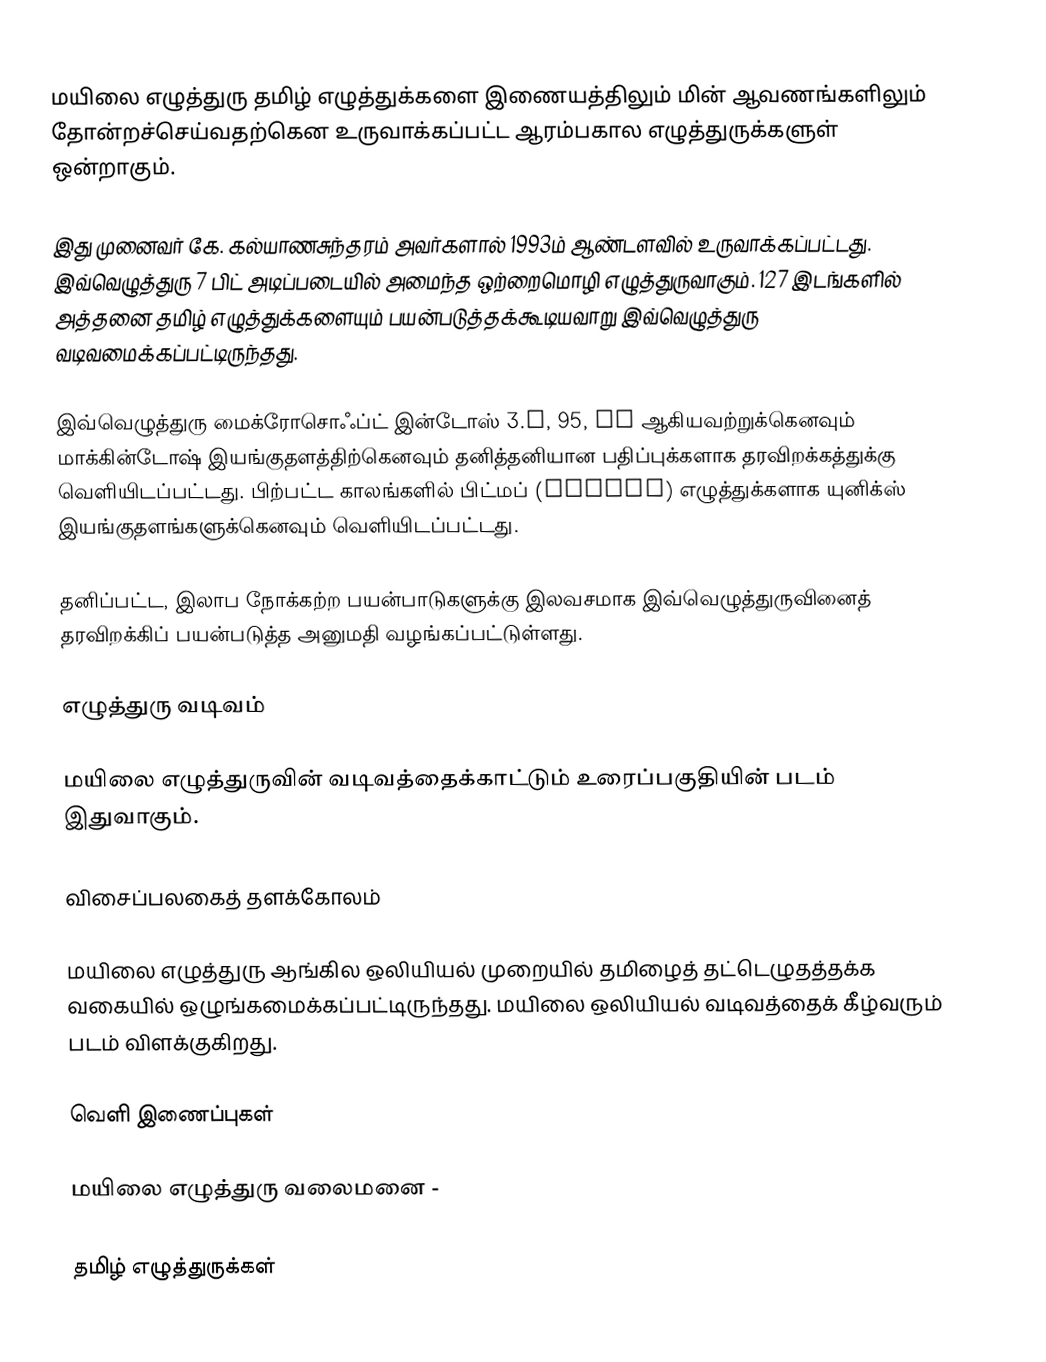
மயிலை எழுத்துரு தமிழ் எழுத்துக்களை இணையத்திலும் மின் ஆவணங்களிலும் தோன்றச்செய்வதற்கென உருவாக்கப்பட்ட ஆரம்பகால எழுத்துருக்களுள் ஒன்றாகும்.

இது முனைவர் கே. கல்யாணசுந்தரம் அவர்களால் 1993ம் ஆண்டளவில் உருவாக்கப்பட்டது. இவ்வெழுத்துரு 7 பிட் அடிப்படையில் அமைந்த ஒற்றைமொழி எழுத்துருவாகும். 127 இடங்களில் அத்தனை தமிழ் எழுத்துக்களையும் பயன்படுத்தக்கூடியவாறு இவ்வெழுத்துரு வடிவமைக்கப்பட்டிருந்தது.

இவ்வெழுத்துரு மைக்ரோசொஃப்ட் இன்டோஸ் 3.x, 95, NT ஆகியவற்றுக்கெனவும் மாக்கின்டோஷ் இயங்குதளத்திற்கெனவும் தனித்தனியான பதிப்புக்களாக தரவிறக்கத்துக்கு வெளியிடப்பட்டது. பிற்பட்ட காலங்களில் பிட்மப் (Bitmap) எழுத்துக்களாக யுனிக்ஸ் இயங்குதளங்களுக்கெனவும் வெளியிடப்பட்டது.

தனிப்பட்ட, இலாப நோக்கற்ற பயன்பாடுகளுக்கு இலவசமாக இவ்வெழுத்துருவினைத் தரவிறக்கிப் பயன்படுத்த அனுமதி வழங்கப்பட்டுள்ளது.

எழுத்துரு வடிவம்

மயிலை எழுத்துருவின் வடிவத்தைக்காட்டும் உரைப்பகுதியின் படம் இதுவாகும்.

விசைப்பலகைத் தளக்கோலம்

மயிலை எழுத்துரு ஆங்கில ஒலியியல் முறையில் தமிழைத் தட்டெழுதத்தக்க வகையில் ஒழுங்கமைக்கப்பட்டிருந்தது. மயிலை ஒலியியல் வடிவத்தைக் கீழ்வரும் படம் விளக்குகிறது.

வெளி இணைப்புகள்

மயிலை எழுத்துரு வலைமனை -

தமிழ் எழுத்துருக்கள்